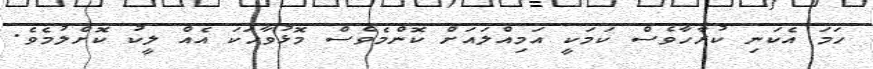
ހަމަ އެކަނި ކުރާހާވެސް ކަމަކީ އަމިއްލައަށް ކޮންމެވެސް މޮޅުވާހަކަ އެއް ލީކު ކޮށްލުމެވެ.